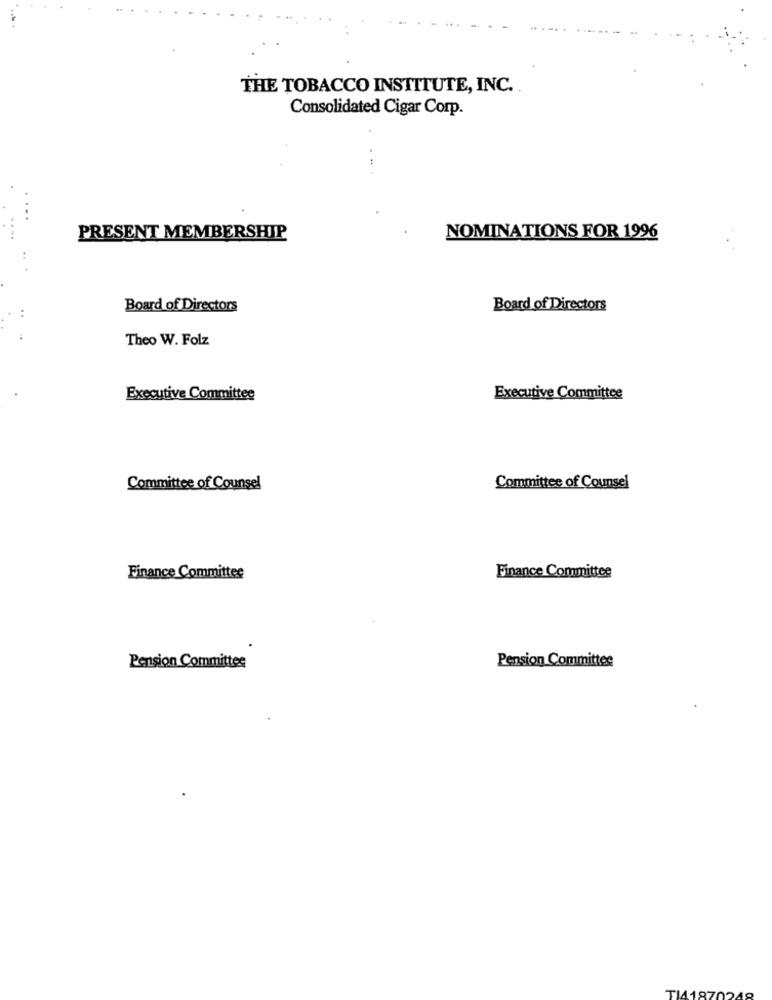
THE TOBACCO INSTITUTE, INC ..
Consolidated Cigar Corp.
...
PRESENT MEMBERSHIP
NOMINATIONS FOR 1996
Board of Directors
Board of Directors
Theo W. Folz
Executive Committee
Executive Committee
Committee of Counsel
Committee of Counsel
Finance Committee
Finance Committee
Pension Committee
Pension Committee
TI418